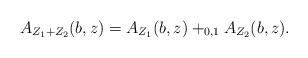
LaTeX: \begin{align*}A_{Z_1 +Z_2 }(b,z)=A_{Z_1 }(b,z)+_{0,1}A_{Z_2}(b,z).\end{align*}